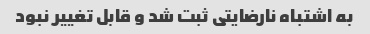
به اشتباه نارضایتی ثبت شد و قابل تغییر نبود